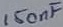
Text: 150nF